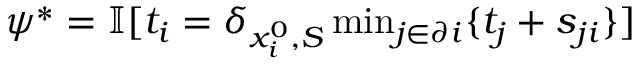
\begin{array} { r } { \psi ^ { * } = \mathbb { I } [ t _ { i } = \delta _ { x _ { i } ^ { 0 } , S } \operatorname* { m i n } _ { j \in \partial i } \{ t _ { j } + s _ { j i } \} ] } \end{array}